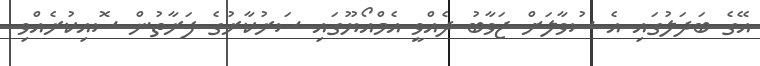
އޭގެ ބަދަލުގައި އެ ސުވާލަށް ޖަވާބު ދެއްވީ އެމްއޯޔޫގައި ސަރުކާރުގެ ފަރާތުން ސޮއިކުރެއްވި